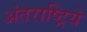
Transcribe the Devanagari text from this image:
अंतराष्ट्रिये